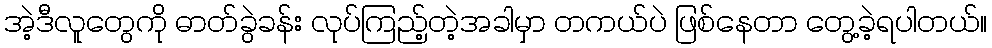
အဲ့ဒီလူတွေကို ဓာတ်ခွဲခန်း လုပ်ကြည့်တဲ့အခါမှာ တကယ်ပဲ ဖြစ်နေတာ တွေ့ခဲ့ရပါတယ်။